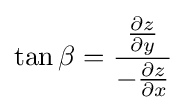
\tan \beta ={\frac {\frac {\partial z}{\partial y}}{-{\frac {\partial z}{\partial x}}}}